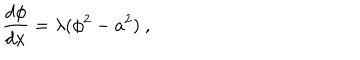
LaTeX: \frac { d \phi } { d x } = \lambda ( \phi ^ { 2 } - a ^ { 2 } ) ~ ,